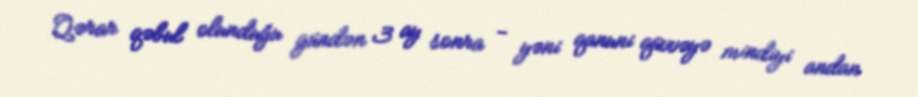
Qərar qəbul olunduğu gündən 3 ay sonra - yəni qanuni qüvvəyə mindiyi andan